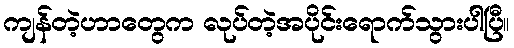
ကျန်တဲ့ဟာတွေက လုပ်တဲ့အပိုင်းရောက်သွားပါပြီ။